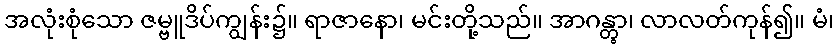
အလုံးစုံသော ဇမ္ဗူဒိပ်ကျွန်း၌။ ရာဇာနော၊ မင်းတို့သည်။ အာဂန္တွာ၊ လာလတ်ကုန်၍။ မံ၊